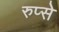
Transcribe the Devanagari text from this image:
रुप्से